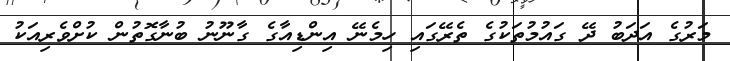
މަރުގެ އަދަބު ދޭ ގައުމުތަކުގެ ތެރޭގައި ހިމެނޭ އިންޑިއާގެ ގާނޫނު ބުނާގޮތުން ކުށްވެރިއަކު